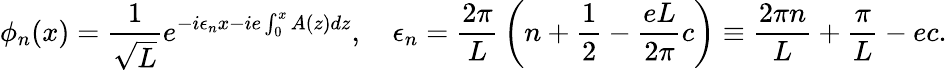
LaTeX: \phi_{n}(x)={\frac{1}{\sqrt L}}e^{-i\epsilon_{n}x-ie\int_{0}^{x}A(z)dz},\quad\epsilon_{n}={\frac{2\pi}{L}}\left(n+{\frac{1}{2}}-{\frac{eL}{2\pi}}c\right)\equiv{\frac{2\pi n}{L}}+{\frac{\pi}{L}}-ec.